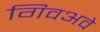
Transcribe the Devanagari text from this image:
गिवअवे